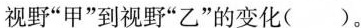
视野”甲”到视野”乙”的变化( )。